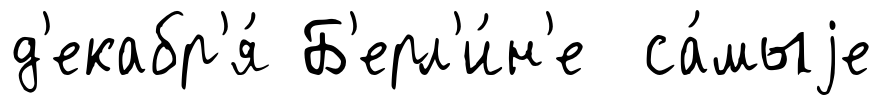
д'екабр'я́ Б'ерл'и́н'е са́мыjе